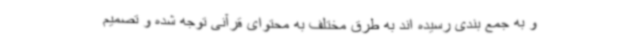
و به جمع بندی رسیده اند به طرق مختلف به محتوای قرآنی توجه شده و تصمیم